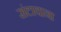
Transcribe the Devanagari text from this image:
संटायाना